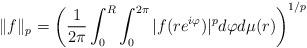
LaTeX: \begin{align*}\Vert f \Vert_p = \left(\frac{1}{2 \pi}\int_0^R \int_0^{2 \pi}|f(re^{i \varphi})|^p d \varphi d \mu(r) \right)^{1/p}\end{align*}